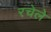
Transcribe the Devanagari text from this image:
रचेले